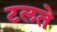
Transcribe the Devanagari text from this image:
टलते